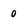
Character: 0